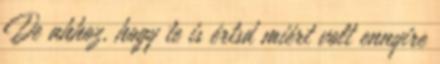
De ahhoz, hogy te is értsd miért volt ennyire